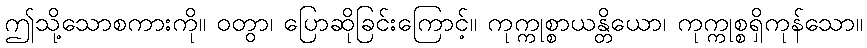
ဤသို့သောစကားကို။ ဝတွာ၊ ပြောဆိုခြင်းကြောင့်။ ကုက္ကုစ္စာယန္တိယော၊ ကုက္ကုစ္စရှိကုန်သော။